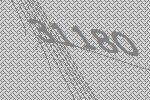
31180